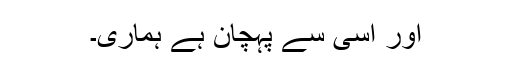
اور اسی سے پہچان ہے ہماری۔